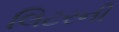
લિટરની